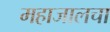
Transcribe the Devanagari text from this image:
महाजालचा